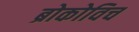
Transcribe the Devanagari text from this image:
ब्रोकोविच